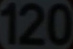
120